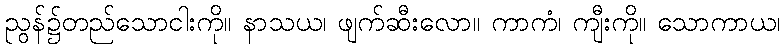
ညွန်၌တည်သောငါးကို။ နာသယ၊ ဖျက်ဆီးလော။ ကာကံ၊ ကျီးကို။ သောကာယ၊